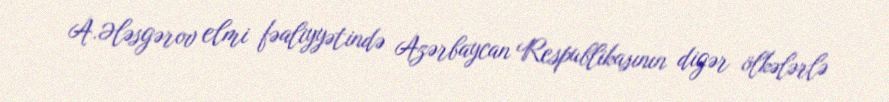
A.Ələsgərov elmi fəaliyyətində Azərbaycan Respublikasının digər ölkələrlə